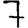
Digit: 7